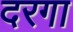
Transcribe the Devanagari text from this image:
दरगा